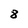
Character: 8